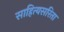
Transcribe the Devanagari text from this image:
साहित्यसरिता